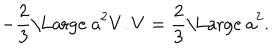
- \frac { 2 } { 3 } \mathrm { \Large ~ a } ^ { 2 } V . V = \frac { 2 } { 3 } \mathrm { \Large ~ a } ^ { 2 } .